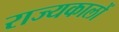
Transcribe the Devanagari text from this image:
राज्यकालों